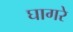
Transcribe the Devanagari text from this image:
घागरे